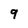
Character: 9